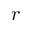
r